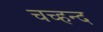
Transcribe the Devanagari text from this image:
चच्हन्द